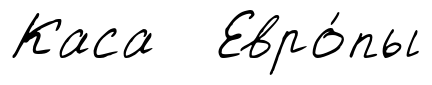
Каса Евро́пы